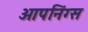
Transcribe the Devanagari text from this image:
ओपनिंग्स